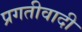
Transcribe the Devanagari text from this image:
प्रगतीवादी